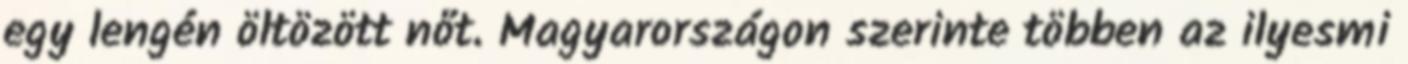
egy lengén öltözött nőt. Magyarországon szerinte többen az ilyesmi